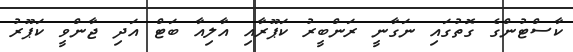
ކާސްޓުންގެ ގޮތުގައި ނަގާނީ ރަންބީރު ކަޕޫރާއި އާލިއާ ބަޓް އަދި ޖާންވީ ކަޕޫރު